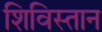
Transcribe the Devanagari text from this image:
शिविस्तान